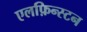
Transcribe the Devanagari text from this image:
एलफ़िन्स्टन